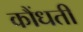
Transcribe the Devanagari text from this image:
कौंधती